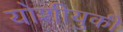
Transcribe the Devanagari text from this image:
योशीयुकी